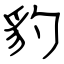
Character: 豹